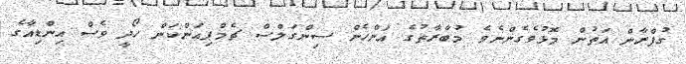
ގުފްރާން އަތުން މޮޅުވެގެންނެވެ މުބާރާތުގެ އަންހެން ސިންގަލްސް ޗެމްޕިއަންކަން ހޯދީ ވެސް އިންޑިއާގެ